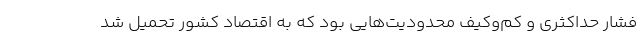
فشار حداکثری و کم‌وکیف محدودیت‌هایی بود که به اقتصاد کشور تحمیل شد